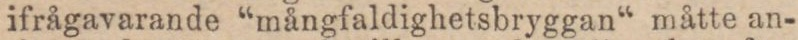
ifrågavarande “mångfaldighetsbryggan“ måtte an-